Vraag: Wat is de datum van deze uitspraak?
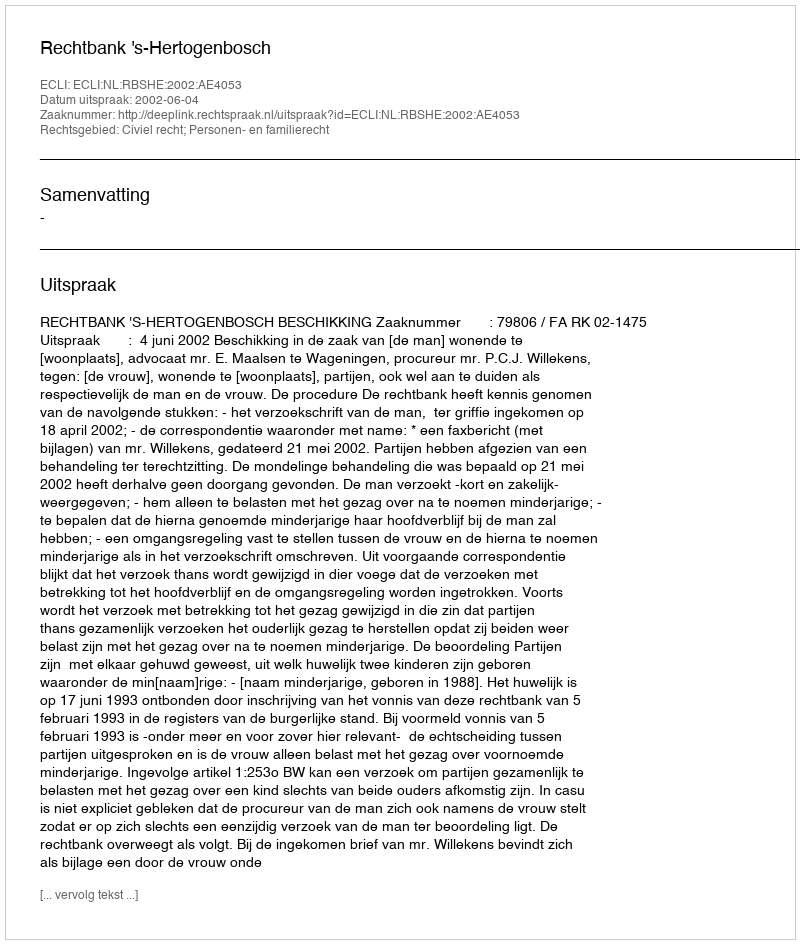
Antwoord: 2002-06-04